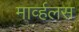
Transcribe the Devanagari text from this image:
मार्व्हलस